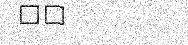
٢٩